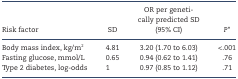
<table><thead><tr><td><b>Risk factor</b></td><td><b>SD</b></td><td><b>OR per genetically predicted SD (95% CI)</b></td><td><b><i>P</i>*</b></td></tr></thead><tbody><tr><td>Body mass index, kg/m<sup>2</sup></td><td>4.81</td><td>3.20 (1.70 to 6.03)</td><td>&lt;.001</td></tr><tr><td>Fasting glucose, mmol/L</td><td>0.65</td><td>0.94 (0.62 to 1.41)</td><td>.76</td></tr><tr><td>Type 2 diabetes, log-odds</td><td>1</td><td>0.97 (0.85 to 1.12)</td><td>.71</td></tr></tbody></table>